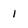
Character: 1